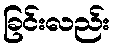
ခြင်းလည်း